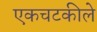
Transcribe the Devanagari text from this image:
एकचटकीले